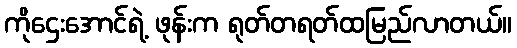
ကိုဌေးအောင်ရဲ့ ဖုန်းက ရုတ်တရတ်ထမြည်လာတယ်။